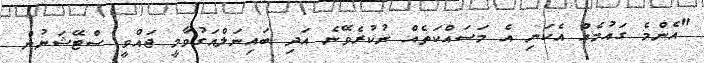
"އެންމެ ގައުމެއް އެކަނި އެ މަސައްކަތެއް ނުކުރެވޭނެ އަދި ބައިނަލްއަގުވާމީ ޖައްވީ ސްޓޭޝަނުން